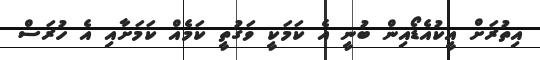
އިތުރަށް އީކުއެޑޯއިން ބުނީ އެ ކަމަކީ ވަގުތީ ކަމެއް ކަމަށާއި އެ ހުރަސް